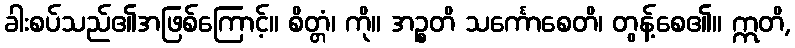
ခါးစပ်သည်၏အဖြစ်ကြောင့်။ စိတ္တံ၊ ကို။ အဉ္စတိ သင်္ကောစေတိ၊ တွန့်စေ၏။ ဣတိ,